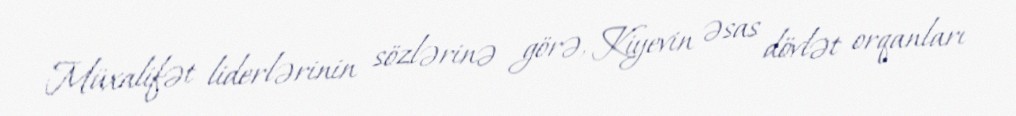
Müxalifət liderlərinin sözlərinə görə, Kiyevin əsas dövlət orqanları